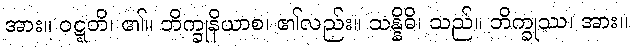
အား။ ဝဋ္ဋတိ၊ ၏။ ဘိက္ခုနိယာစ၊ ၏လည်း။ သန္နိဓိ၊ သည်။ ဘိက္ခုဿ၊ အား။